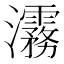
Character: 𬉮